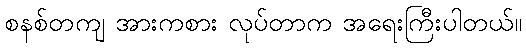
စနစ်တကျ အားကစား လုပ်တာက အရေးကြီးပါတယ်။